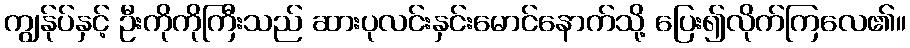
ကျွန်ုပ်နှင့် ဦးကိုကိုကြီးသည် ဆားပုလင်းနှင်းမောင်နောက်သို့ ပြေး၍လိုက်ကြလေ၏။